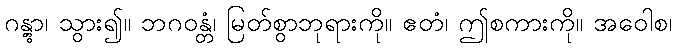
ဂန္တွာ၊ သွား၍။ ဘဂဝန္တံ၊ မြတ်စွာဘုရားကို။ ဧတံ၊ ဤစကားကို။ အဝေါစ၊